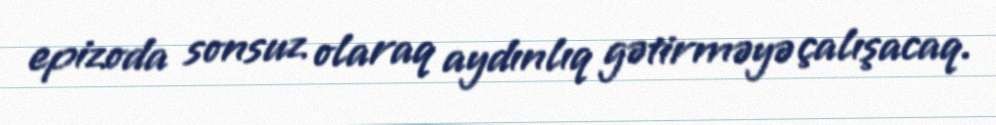
epizoda sonsuz olaraq aydınlıq gətirməyə çalışacaq.